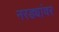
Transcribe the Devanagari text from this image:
नरड्यांवर